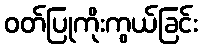
ဝတ်ပြုကိုးကွယ်ခြင်း